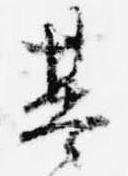
基